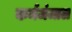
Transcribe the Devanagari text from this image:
कर्मजंजाल